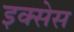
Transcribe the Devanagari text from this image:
इक्सेस